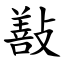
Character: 㪨